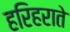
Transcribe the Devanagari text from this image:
हरिहराते